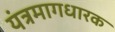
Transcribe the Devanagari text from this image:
यंत्रमागधारक